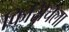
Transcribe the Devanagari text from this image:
फिसिचेला